Relation of titanus [i.e. tetanus] to the hypodermic or intramuscular injection of quinine - Number 43
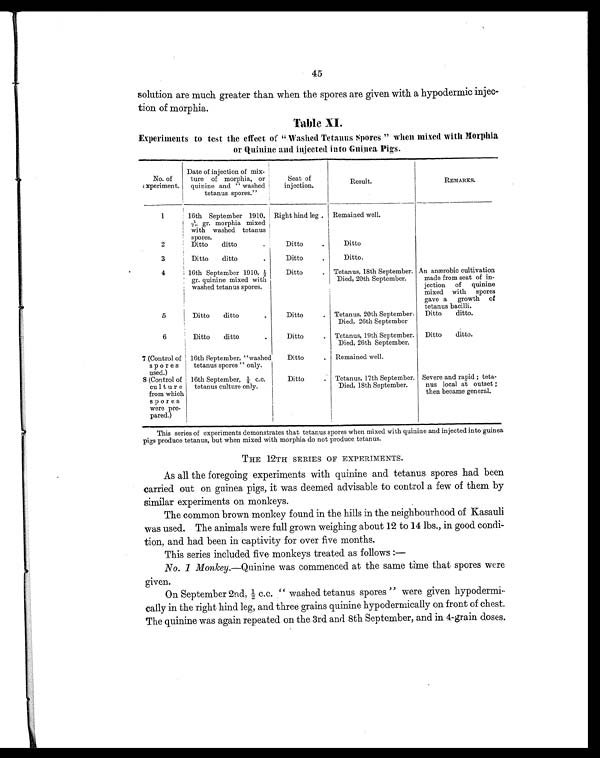
45
solution are much greater than when the spores are given with a hypodermic injec-
tion of morphia.
Table XI.
Experiments to test the effect of "Washed Tetanus Spores" when mixed with Morphia
or Quinine and injected into Guinea Pigs.
No. of
experiment.
Date of injection of mix-
ture of morphia, or
quinine and "washed
tetanus spores."
Seat of
injection.
Result.
REMARKS.
1
16th September 1910,
1/20 gr. morphia mixed
with washed tetanus
spores.
Right hind leg . Remained well.
2
Ditto ditto
. Ditto
.
Ditto
3
Ditto ditto
.
Ditto
.
Ditto.
4
16th September 1910, ½
gr. quinine mixed with
washed tetanus spores.
Ditto
. Tetanus, 18th September.
Died, 20th September.
An anærobic cultivation
made from seat of in-
jection of quinine
mixed with spores
gave a growth of
tetanus bacilli.
5
Ditto ditto
.
Ditto
. Tetanus, 20th September.
Died, 26th September
Ditto ditto.
6
Ditto ditto
.
Ditto
. Tetanus, 19th September.
Died, 26th September.
Ditto ditto.
7 (Control of
spores
used.)
16th September, "washed
tetanus spores" only.
Ditto
. Remained well.
8 (Control of
culture
from which
spores
were pre-
pared.)
16th September, ¼ c.c.
tetanus culture only.
Ditto
. Tetanus, 17th September.
Died, 18th September.
Severe and rapid ; teta-
nus local at outset ;
then became general.
This series of experiments demonstrates that tetanus spores when mixed with quinine and injected into guinea
pigs produce tetanus, but when mixed with morphia do not produce tetanus.
THE 12TH SERIES OF EXPERIMENTS.
As all the foregoing experiments with quinine and tetanus spores had been
carried out on guinea pigs, it was deemed advisable to control a few of them by
similar experiments on monkeys.
The common brown monkey found in the hills in the neighbourhood of Kasauli
was used. The animals were full grown weighing about 12 to 14 lbs., in good condi-
tion, and had been in captivity for over five months.
This series included five monkeys treated as follows:
—
No. 1 Monkey. —Quinine was commenced at the same time that spores were
given.
On September 2nd, ½ c.c. "washed tetanus spores" were given hypodermi-
cally in the right hind leg, and three grains quinine hypodermically on front of chest.
The quinine was again repeated on the 3rd and 8th September, and in 4-grain doses.